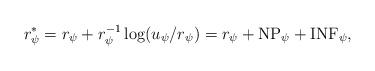
LaTeX: \begin{align*} r^*_\psi=r_\psi+ r_\psi^{-1}\log(u_\psi/r_\psi)=r_\psi+\mathrm{NP}_\psi+ \mathrm{INF}_\psi ,\end{align*}